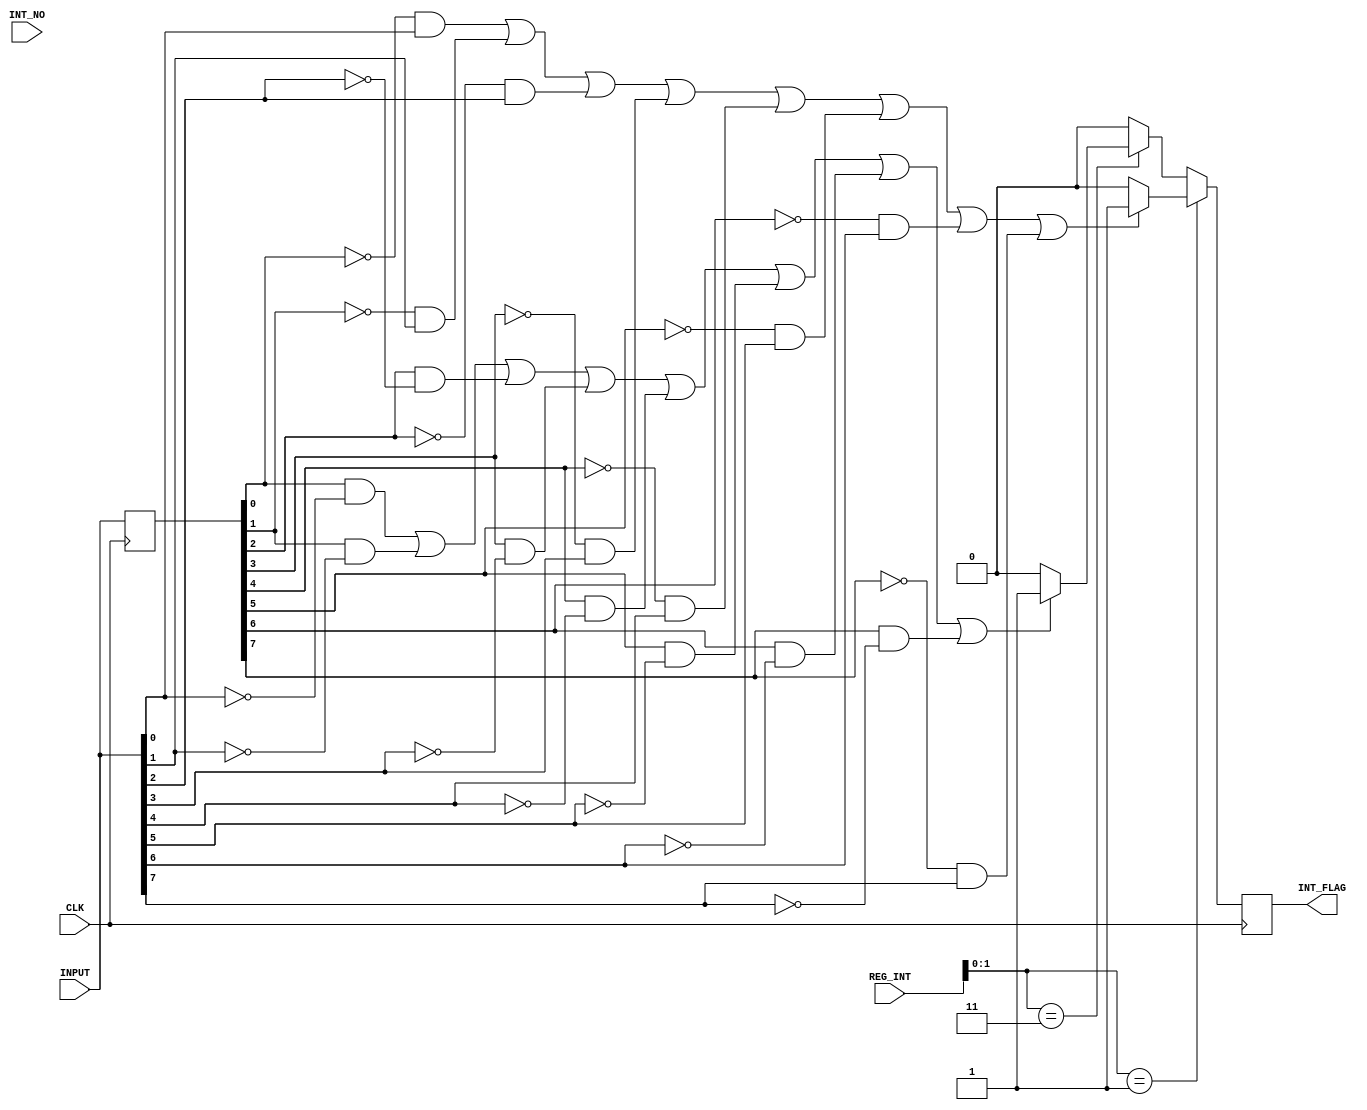
module INPUT_INT(
	input CLK,
	input [7:0] INPUT,
	input [3:0] INT_NO,
	input [7:0] REG_INT,
	output reg INT_FLAG
);

reg [7:0] PREV_INPUT;

always @(posedge CLK) begin
	if (REG_INT[1:0] == 2'b01) begin
		if (((PREV_INPUT[0] == 0) & (INPUT[0] == 1)) | 
				((PREV_INPUT[1] == 0) & (INPUT[1] == 1)) | 
				((PREV_INPUT[2] == 0) & (INPUT[2] == 1)) | 
				((PREV_INPUT[3] == 0) & (INPUT[3] == 1)) | 
				((PREV_INPUT[4] == 0) & (INPUT[4] == 1)) | 
				((PREV_INPUT[5] == 0) & (INPUT[5] == 1)) | 
				((PREV_INPUT[6] == 0) & (INPUT[6] == 1)) | 
				((PREV_INPUT[7] == 0) & (INPUT[7] == 1))) begin
			INT_FLAG <= 1;
		end
		else
			INT_FLAG <= 0;
	end
	else if (REG_INT[1:0] == 2'b11) begin
		if (((PREV_INPUT[0] == 1) & (INPUT[0] == 0)) | 
				((PREV_INPUT[1] == 1) & (INPUT[1] == 0)) | 
				((PREV_INPUT[2] == 1) & (INPUT[2] == 0)) | 
				((PREV_INPUT[3] == 1) & (INPUT[3] == 0)) | 
				((PREV_INPUT[4] == 1) & (INPUT[4] == 0)) | 
				((PREV_INPUT[5] == 1) & (INPUT[5] == 0)) | 
				((PREV_INPUT[6] == 1) & (INPUT[6] == 0)) | 
				((PREV_INPUT[7] == 1) & (INPUT[7] == 0))) begin
			INT_FLAG <= 1;
		end
		else
			INT_FLAG <= 0;
	end
	else
		INT_FLAG <= 0;
	PREV_INPUT <= INPUT;
end

endmodule